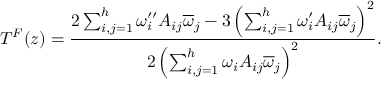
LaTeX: T ^ { F } ( z ) = { \frac { 2 \sum _ { i , j = 1 } ^ { h } \omega _ { i } ^ { \prime \prime } A _ { i j } \overline { { \omega } } _ { j } - 3 \left( \sum _ { i , j = 1 } ^ { h } \omega _ { i } ^ { \prime } A _ { i j } \overline { { \omega } } _ { j } \right) ^ { 2 } } { 2 \left( \sum _ { i , j = 1 } ^ { h } \omega _ { i } A _ { i j } \overline { { \omega } } _ { j } \right) ^ { 2 } } } .